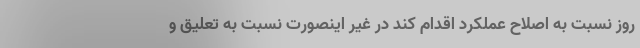
روز نسبت به اصلاح عملکرد اقدام کند در غیر اینصورت نسبت به تعلیق و